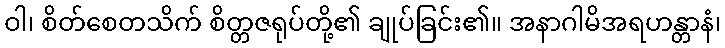
ဝါ၊ စိတ်စေတသိက် စိတ္တဇရုပ်တို့၏ ချုပ်ခြင်း၏။ အနာဂါမိအရဟန္တာနံ၊